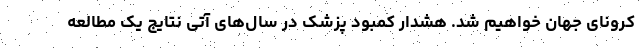
کرونای جهان خواهیم شد. هشدار کمبود پزشک در سال‌های آتی نتایج یک مطالعه